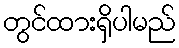
တွင်ထားရှိပါမည်